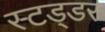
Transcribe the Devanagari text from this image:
स्टड्डर